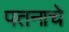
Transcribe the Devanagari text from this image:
पतनाचे